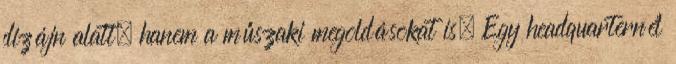
dizájn alatt, hanem a műszaki megoldásokat is. Egy headquarternél